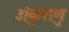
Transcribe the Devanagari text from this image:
अंकुराणु